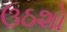
ઉઠશો